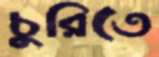
চুরিতে